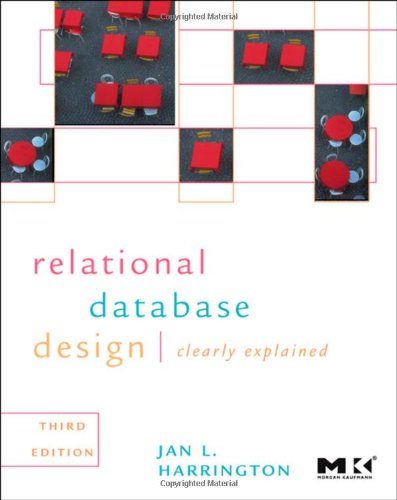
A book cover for Relational Database Design and Implementation, Third Edition: Clearly Explained (Morgan Kaufmann Series in Data Management Systems); Jan L. Harrington; Computers & Technology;